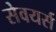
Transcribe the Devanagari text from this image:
सेवयर्स